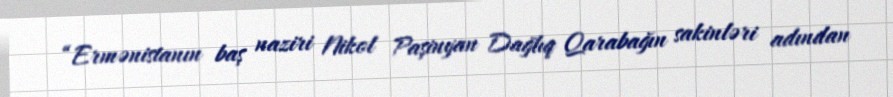
“Ermənistanın baş naziri Nikol Paşinyan Dağlıq Qarabağın sakinləri adından